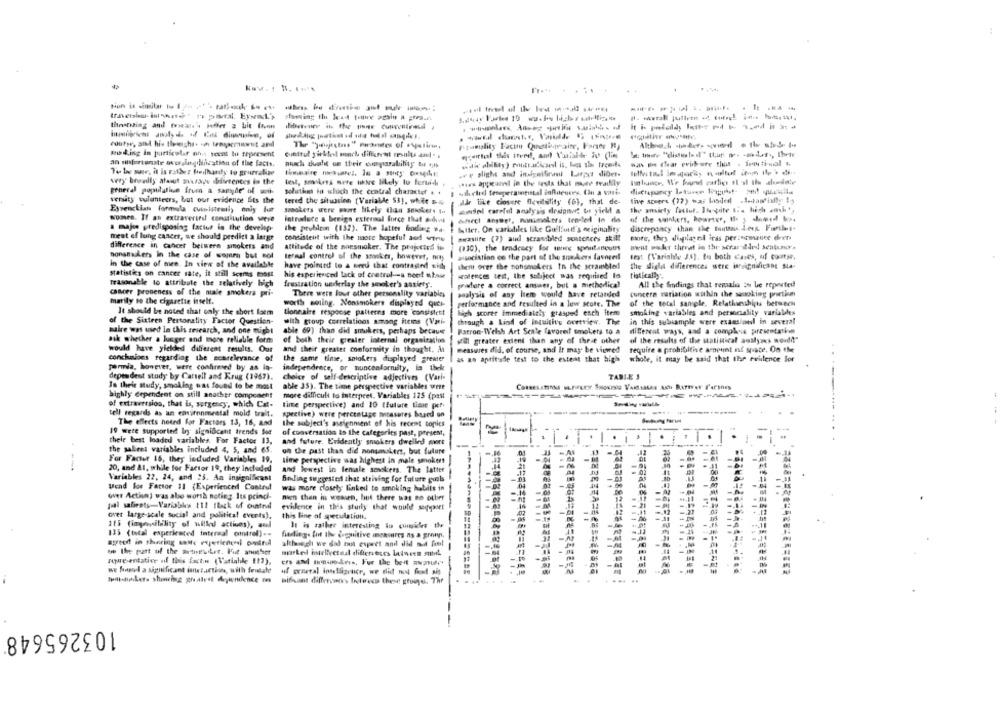
Rtanality Factmu Quetingaine, Farger H)
mibiking in particolar no .: scent to represent
Gulltul sirkel monch different results and. .
an unfortunate overslagdification of the facts.
- clear evitare that . iemtivol ...
Te lar mar, it is rather foilhardy to grueralize
„re plight and insignifirasl Larpor dibet-
lelfri toul imaparis n altut inom ilp . di ..
very boardily atanut maurage ibiferences is the
test, smokes move the likely to fertich ,
.sies appeared in the tests that mayte readily
general population from a sande of w-
soluthat in which the central character + +
# udclid teseperampistal influences. Chu a vost.
versity sulanteurs, but our evidence Bts the
tered the situation [Variable 53), whit 4
slår like closure flexibility (6), that de-
tive scuere (77) was loadedl .S.tawfially 15
Eysenckian formula cuinistemil) only but
--
the musicty fattut. Ii-pite ti. high amh',
smaokers were more likely (In smoker. In
somdel careful analysis designer to yield a
women. If an extraveritd constitution were
Introduce a beeigs external force that audivi
efect Answer, nonsmokers ten-ted in dla
of the sentiers, heurter, Il ; dlamed wo ..
a major predisposing factur in the develop-
the probioin (152). The latter fending ba-
Matter. On variabiles like Guillund's neiginality
discrepancy than the tanttas. dees. Foriles-
meat of lung cancer, we should predict a larger
miraslife (7) and scrambled sentences skill
more, they displayed iras prezsomauce den
consistent with the more hopeful and won
wwut poker threat in the beras-ildrd sentamo.
difference in cancer beiwere smokers and
attitude of the noesmoker. The projectes in
(30), the tendency for more spuntanoutis
nonamakers In the case of some but mol
termal contrel of the smokes, however, nos
association co the part of the sunkers favored
text (Variabile JS). to both cases, uf cootyr,
In the case of mice. In view of the available
have pointed to a werd that contragod! sich
them over the songmakers In the scrambled
the dida differences stre insignificant sta-
statistks on cancer sate, it still Seems most
his experienced lack of control -- a noe! utwor
wences test, the subject was required to
tistically".
reasonable to attribute the relatively high
frustration underlay the smoker's astirts.
pracfore a correct ansaer, but a methodical
All the findings that remala 5% be reported
cancer proneness of the niale smokers pri-
There were Jour other personality variables
paalysis of any itere would have retarded
concern variation within the sauoking proetim
marily to the cigarette itself.
performance and resulted in a love scote. The
of the total sample, Relathamshipts between
worth soling. Nonsmokers displayed qui-
It should be noted that only the short form
tieneaire response patterns more consistett
high scorer immediately grasped each item
smoking variables and personality variables
of the Sixteen Pertonality Factor Question-
with group correlations amang items (Vari-
through a kind of intuitit's overview. The
in this subsample were examsionl in several
saire was used in this research, and one night
able 69) than did snukers, perhaps because
Patron. W'elsh Art Scale favored smokers to a
different ways, and a comple presotatin
aik whether a lunger and more reliable form
of both their greater internal organization
still greater extend than any of these other
of the results of the statistical analyses world"
would have yielded different results. Our
and their greater conformity in thought, At
measures did, of course, and it may be viewed
require & prohibithe amount of space. On the
conchaions regarding the scarelevance of
the same time, saiokers displayed greater
as ao aptitude test to the extent that high
whole, it may be said that the existence Sor
Termia, however, were confirmed by an la-
independrete, or nuncealarnisty, la thek
dependent study by Cattell and Krug (1967).
choice of self-descriptive adjectives (Vari-
TABLE 3
Ta their study, smoking was found to be most
able 35). The time perspective variables were
highly dependent on still another component
more difficult to interpret. Variables 125 (past
of extraversion, that is, surgency, which Cat-
time perspective) and 20 (future time per-
tell regards as an environmental mold trait.
spective) were percentage mtaseres based on
The effects heted for Factors 13, 16, and
the subject's assignment of his recent topics
19 were supported by significant trends Sos
of conversation to the categories past, present,
their best loaded variables For Factor 13.
and future. Evidently smokers dwelled mort
T.I
the saleet variables included 4, 5, and 65.
on the past than did nonsmokers, but future
For Factor 16, they included Variables 19,
lime perspective was highest in male smokers
20, and &1, while for Factor 19, they included
and lowest in female smokers. The latter
00
Variables 22, 24, and 23. An insignificant
Bowling suggested that striving for future pools
Lend loe Factor 11 (Experienced Control
was more closely linked to smoking habits in
wer Action) was also worth noting. Its princi-
-
Bien then in women, but there was no other
pal salients-Variables 111 fleck of outnd
evidence in this sturly that would segyaser
over large-scale sucial and political events).
this line of speculation.
115 (impbility of ullkd activos), and
It is rather interesting to quinsides the
--
135 (total experienced interaal omtrel) ..
findling. fot Ils Cognitive imeasures as a grownn.
speed in sharing matte Paperlened outnul
alchweigh we dad but expect and did med fast
77.7
we the part of the mooeulet. Pit amber
nowesentative of this fact .. (Variable [17),
we fagod a significant inet.itthon, with frutale
uf prnetal intelligence, we did moul foot sin
62-88844
Ipilidirikets showing greatest Arytendence on
Difiant differences Incleves these gruis. The
... ..
103265648